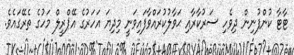
ޓާޓާ ކުންފުނިން ދިވެހި ސަރުކާރާއި ޙަވާލުކުރައްވާފައިވަނީ މިދިޔަ އަހަރުގެ އޭޕްރީލް މަހުގެ ތެރޭގައެވެ.